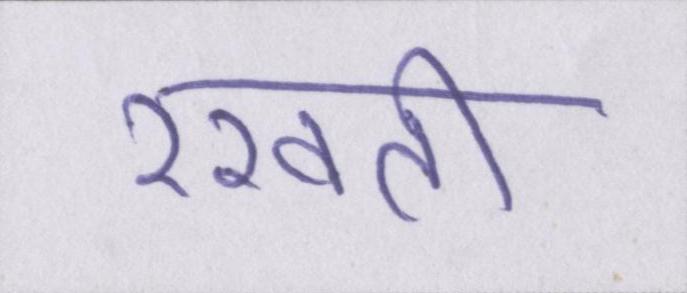
रखती